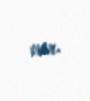
var.